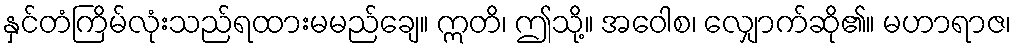
နှင်တံကြိမ်လုံးသည်ရထားမမည်ချေ။ ဣတိ၊ ဤသို့။ အဝေါစ၊ လျှောက်ဆို၏။ မဟာရာဇ၊